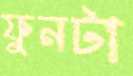
ফুনটা